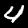
Digit: 4